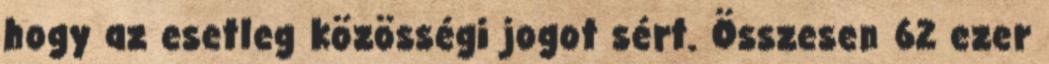
hogy az esetleg közösségi jogot sért. Összesen 62 ezer